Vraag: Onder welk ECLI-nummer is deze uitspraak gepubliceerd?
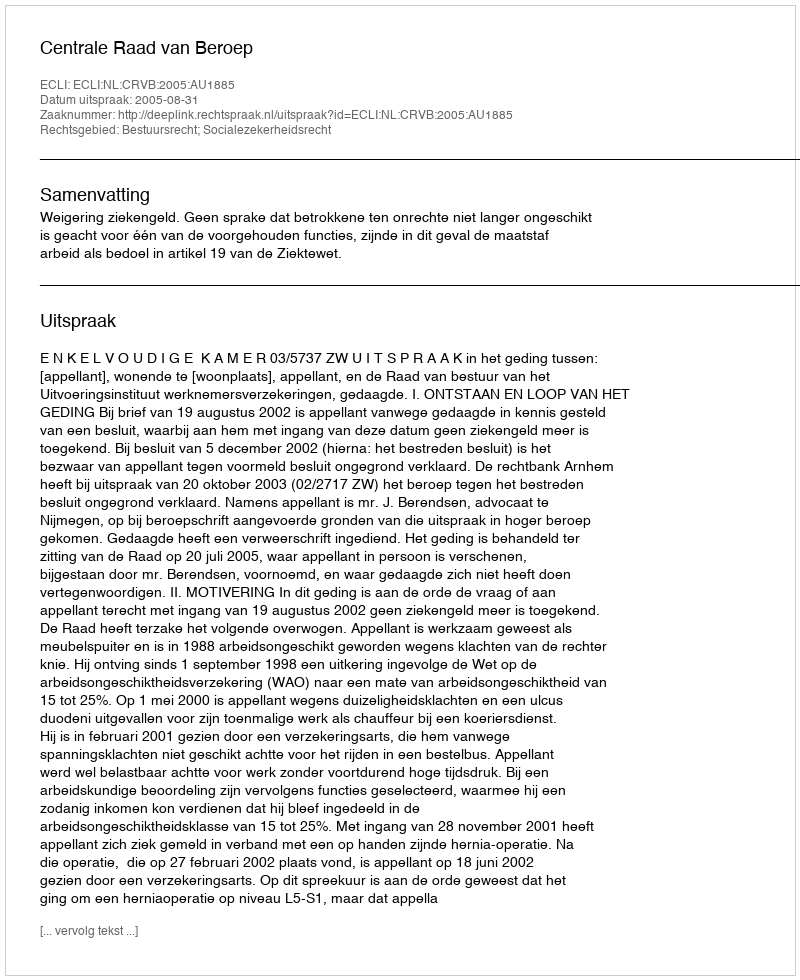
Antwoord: ECLI:NL:CRVB:2005:AU1885